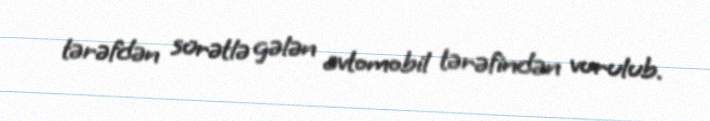
tərəfdən sürətlə gələn avtomobil tərəfindən vurulub.